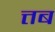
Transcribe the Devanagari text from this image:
त्तब